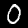
Digit: 0